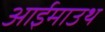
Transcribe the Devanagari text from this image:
आईमाउथ